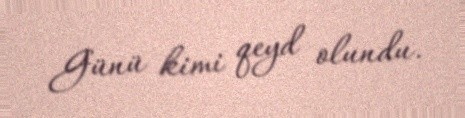
Günü kimi qeyd olundu.